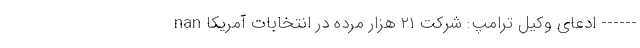
------ ادعای وکیل ترامپ: شرکت ۲۱ هزار مُرده در انتخابات آمریکا nan